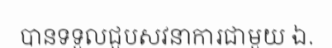
បានទទួលជួបសវនាការជាមួយ ឯ.